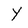
Character: Y